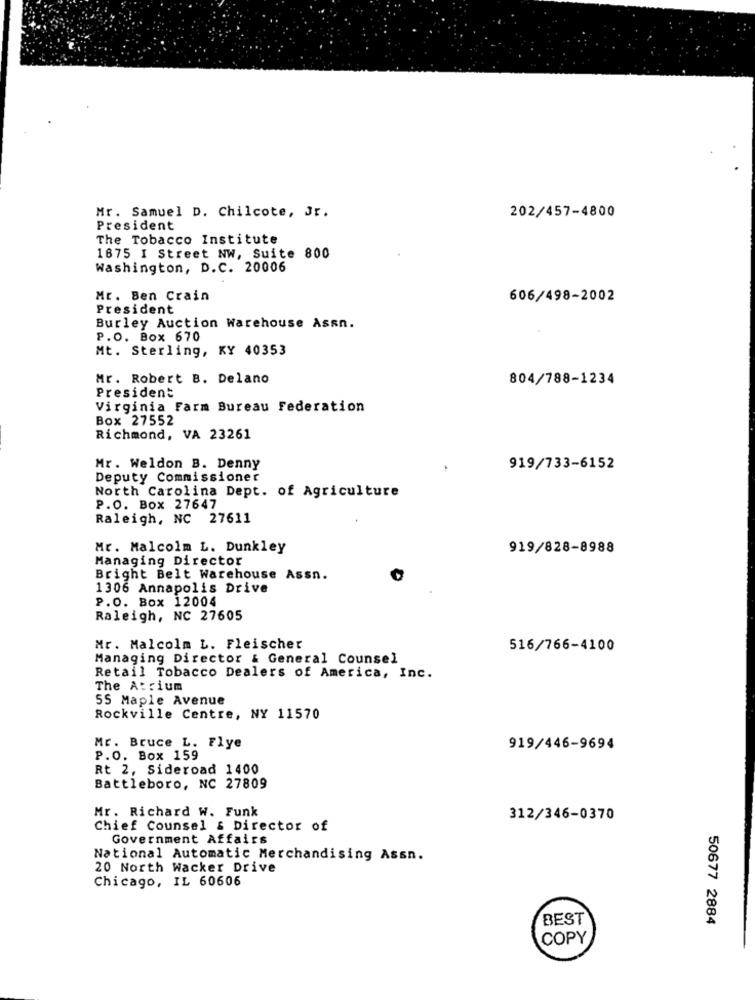
202/457-4800
Mr. Samuel D. Chilcote, Jr.
President
The Tobacco Institute
1675 I Street NW, Suite 800
Washington, D.C. 20006
Mr. Ben Crain
606/498-2002
President
Burley Auction Warehouse Assn.
P.O. Box 670
Mt. Sterling, KY 40353
Mr. Robert B. Delano
804/788-1234
President
Virginia Farm Bureau Federation
Box 27552
Richmond, VA 23261
Mr. Weldon B. Denny
919/733-6152
Deputy Commissioner
North Carolina Dept. of Agriculture
P.O. Box 27647
Raleigh, NC 27611
Mr. Malcolm L. Dunkley
919/828-8988
Managing Director
Bright Belt Warehouse Assn.
1306 Annapolis Drive
P.O. Box 12004
Raleigh, NC 27605
Mr. Malcolm L. Fleischer
516/766-4100
Managing Director & General Counsel
Retail Tobacco Dealers of America, Inc.
The Atrium
55 Maple Avenue
Rockville Centre, NY 11570
Mr. Bruce L. Flye
919/446-9694
P.O. Box 159
Rt 2, Sideroad 1400
Battleboro, NC 27809
Mr. Richard W. Funk
312/346-0370
Chief Counsel & Director of
Government Affairs
National Automatic Merchandising Assn.
20 North Wacker Drive
Chicago, IL 60606
BEST
50677 2884
COPY